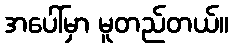
အပေါ်မှာ မူတည်တယ်။